Vaccination North-Western Provinces and Oudh 1878-1895 - 1878-1895
Year: 1878
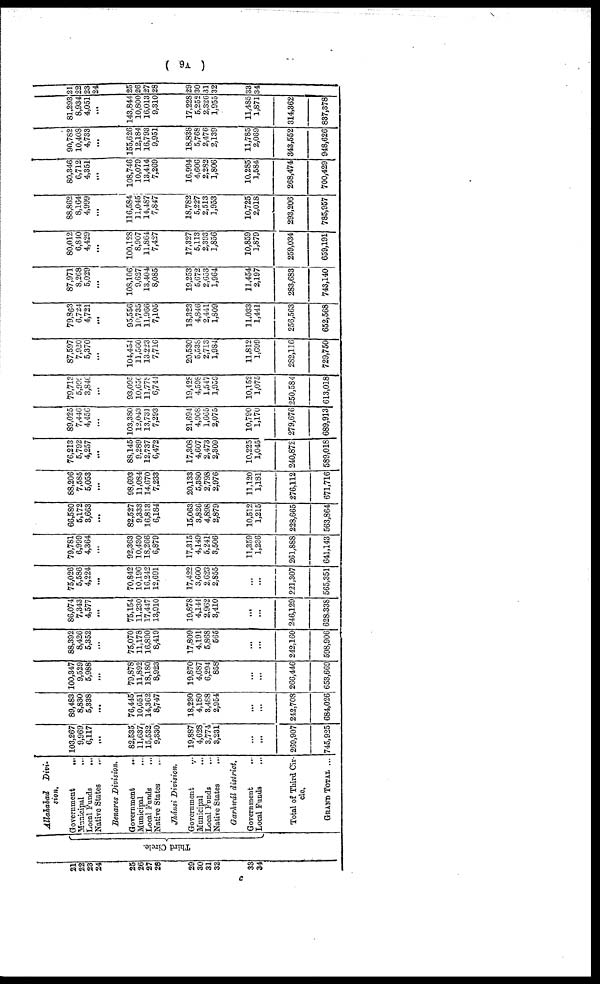
( 9A )
21
22
23
24
25
26
27
28
29
30
31
32
33
34
Third Circle.
Allahabad
Divi-
sion.
Government
...
Municipal
...
Local Funds
...
Native States
....
Benares Division.
Government
...
Municipal ...
Local Funds ...
Native States ...
Jhánsi Division.
Government ...
Municipal ...
Local Funds ...
Native States ...
Garhwál district.
Government
...
Local Funds ...
Total of Third Cir-
cle.
GRAND TOTAL ...
103,267
9,969
6,117
...
82,535
11,637
15,532
9,330
19,887
4,628
3,774
3,231
...
...
269,907
745,925
89,483
8,830
5,338
...
76,445
10,651
14,362
8,747
18,230
4,180
3,488
2,954
...
...
242,708
684,026
100,347
9,529
5,988
...
79,878
11,892
18,180
8,923
19,870
4,687
6,294
858
...
...
266,446
653,669
88,392
8,426
5,352
...
75,070
11,178
16,890
8,419
17,809
4,191
5,868
565
...
...
242,160
598,906
86,074
7,343
4,577
...
75,154
11,230
17,447
13,910
19,878
4,144
2,962
3,410
...
...
246,129
628,338
75,026
5,586
4,224
...
70,842
10,196
16,242
12,691
17,422
3,600
2,623
2,855
...
...
221,307
565,351
79,781
6,999
4,364
...
92,363
10,430
18,266
6,879
17,315
4,149
5,241
3,506
11,359
1,236
261,888
641,143
66,580
5,172
3,663
...
82,527
9,333
16,813
6,184
15,063
3,826
4,898
2,879
10,512
1,215
228,665
563,864
88,206
7,585
5,053
...
98,693
11,084
14,670
7,233
20,133
5,380
2,798
2,976
11,120
1,181
276,112
671,716
76,213
5,792
4,257
...
88,145
9,289
12,737
6,472
17,308
4,607
2,473
2,309
10,225
1,045
240,872
589,018
89,025
7,446
4,456
...
103,380
12,043
13,731
7,293
21,694
4,908
1,665
2,075
10,790
1,170
279,676
689,913
79,713
5,999
3,846
...
93,095
10,650
11,778
6,744
19,428
4,598
1,547
1,959
10,152
1,075
250,584
613,018
87,597
7,920
5,370
...
104,454
11,560
13,223
7,716
20,530
5,538
2,713
1,984
11,812
1,699
282,116
729,750
79,863
6,724
4,721
...
95,556
10,735
11,966
7,105
18,323
4,846
2,441
1,809
11,033
1,441
256,563
652,568
87,971
8,268
5,029
...
108,106
9,627
13,404
8,085
19,253
5,672
2,653
1,964
11,454
2,197
283,683
743,140
80,012
6,840
4,429
...
100,128
8,907
11,864
7,427
17,327
5,113
2,393
1,856
10,859
1,879
259,034
659,191
88,862
8,164
4,999
...
116,584
11,045
14,487
7,847
18,782
5,227
2,513
1,953
10,725
2,018
293,206
785,957
80,346
6,712
4,351
...
108,746
10,079
13,414
7,269
16,994
4,606
2,282
1,806
10,285
1,584
268,474
700,429
90,782
10,408
4,733
...
155,626
12,184
16,793
9,951
18,838
5,768
2,476
2,139
11,785
2,069
343,552
948,626
81,293
8,934
4,051
...
143,844
10,800
16,013
9,310
17,228
5,252
2,326
1,955
11,485
1,871
314,362
837,378
21
22
23
24
25
26
27
28
29
30
31
32
33
34